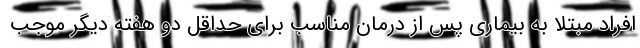
افراد مبتلا به بیماری پس از درمان مناسب برای حداقل دو هفته دیگر موجب